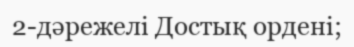
2-дәрежелі Достық ордені;